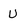
Character: U